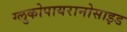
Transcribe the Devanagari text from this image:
ग्लुकोपायरानोसाइड